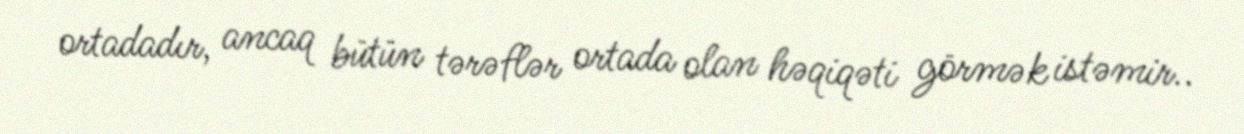
ortadadır, ancaq bütün tərəflər ortada olan həqiqəti görmək istəmir..